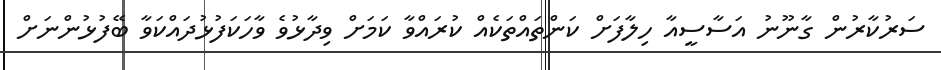
ސަރުކާރުން ގާނޫނު އަސާސީއާ ހިލާފަށް ކަންތައްތަކެއް ކުރައްވާ ކަމަށް ވިދާޅުވެ ވާހަކަފުޅުދައްކަވާ ބޭފުޅުންނަށް